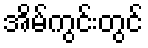
အိမ်ကွင်းတွင်